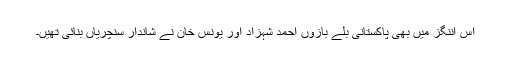
اس اننگز میں بھی پاکستانی بلے بازوں احمد شہزاد اور یونس خان نے شاندار سنچریاں بنائی تھیں۔